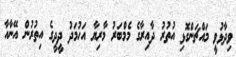
ވިދާޅުވީ މައްޗަންގޮޅި އުތުރު ދާއިރާގެ މެމްބަރު މާރިޔާ އަހުމަދު ދީދީގެ އިތުރުން އޭނާއާ